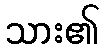
သား၏